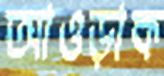
আওড়াক